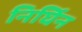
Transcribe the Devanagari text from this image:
निर्घिन